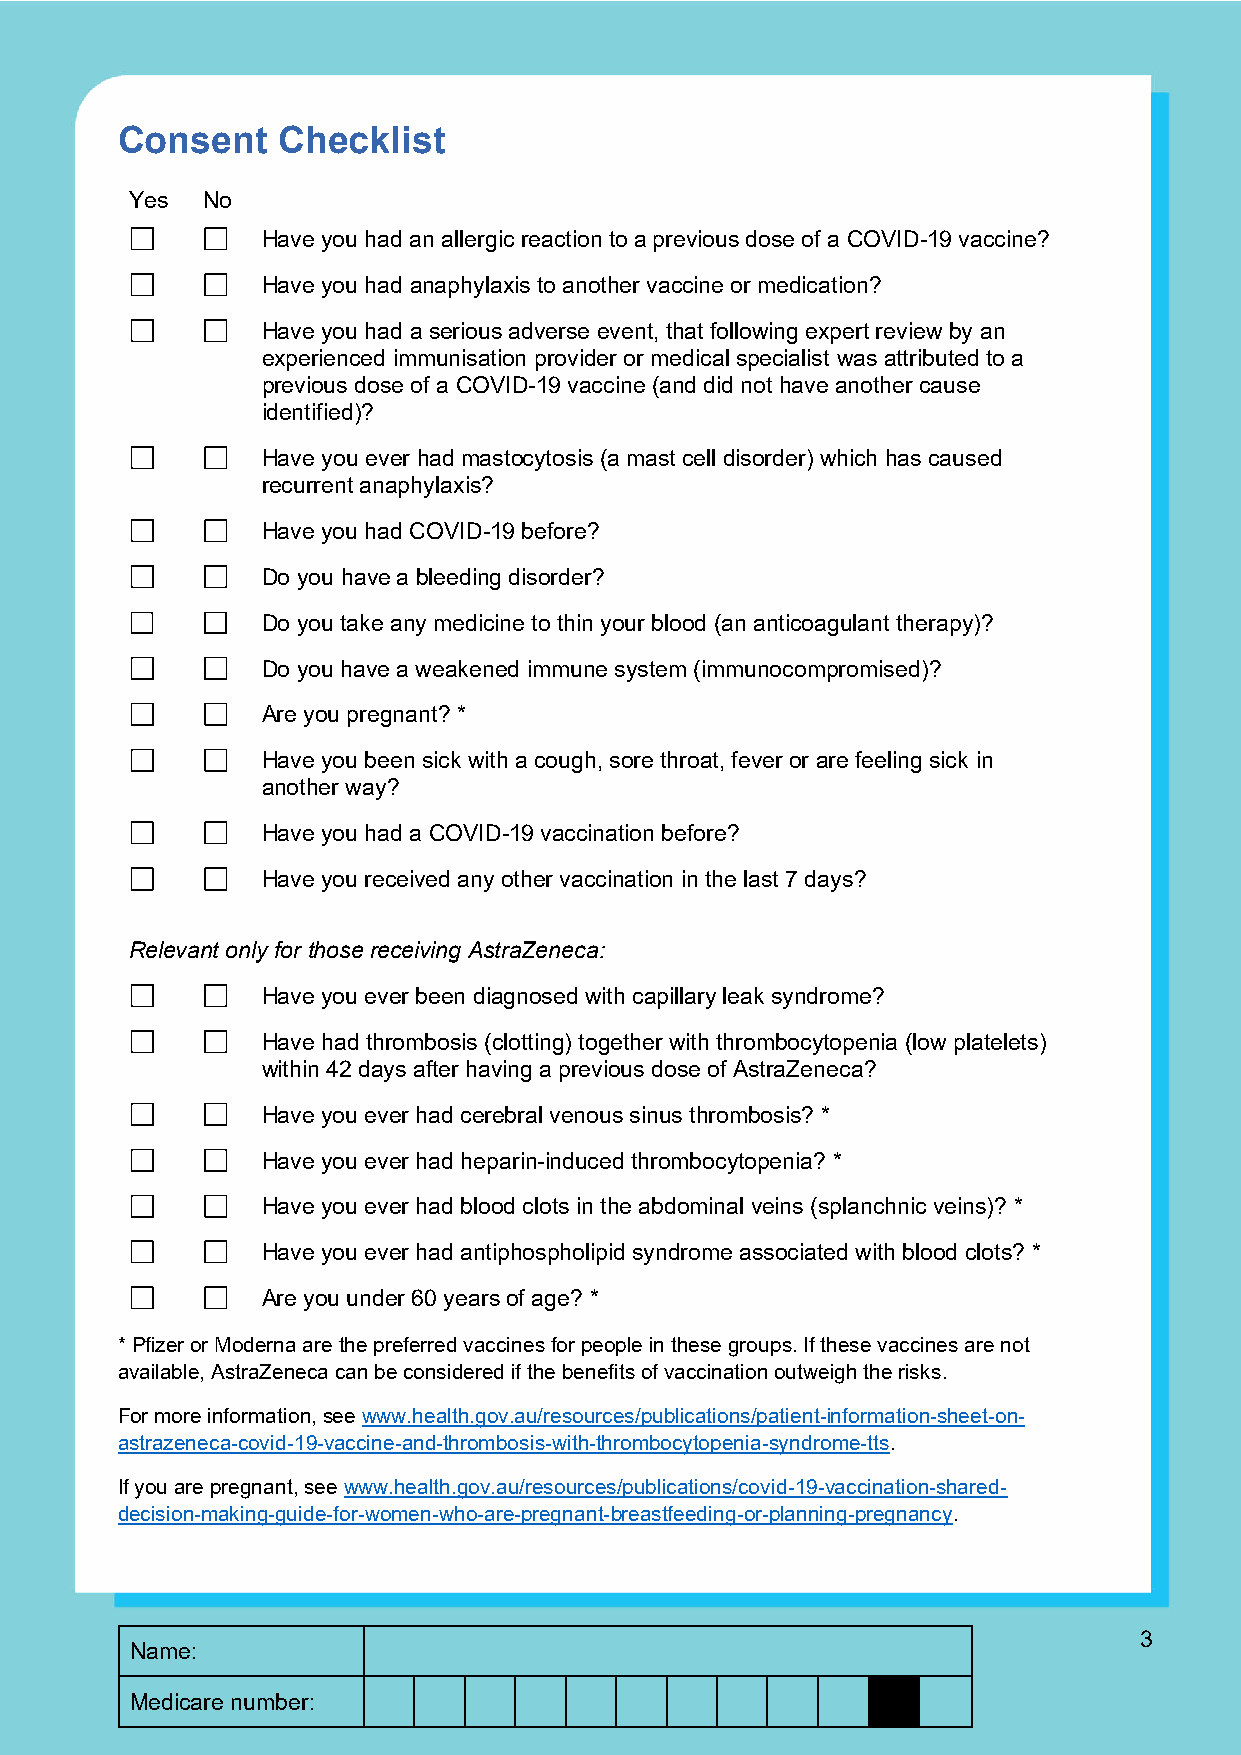
Consent   Checklist
 Yes No
 Have you had an allergic reaction to a previous dose of a COVID-19 vaccine?
 Have you had anaphylaxis to another vaccine or medication?
 Have you had a serious adverse event, that following expert review by an
 experienced immunisation provider or medical specialist was attributed to a
 previous dose of a COVID-19 vaccine (and did not have another cause
 identified)?
 Have you ever had mastocytosis (a mast cell disorder) which has caused
 recurrent anaphylaxis?
 Have you had COVID-19 before?
 Do you have a bleeding disorder?
 Do you take any medicine to thin your blood (an anticoagulant therapy)?
 Do you have a weakened immune system (immunocompromised)?
 Are you pregnant? *
 Have you been sick with a cough, sore throat, fever or are feeling sick in
 another way?
 Have you had a COVID-19 vaccination before?
 Have you received any other vaccination in the last 7 days?
 Relevant only for those receiving AstraZeneca:
 Have you ever been diagnosed with capillary leak syndrome?
 Have had thrombosis (clotting) together with thrombocytopenia (low platelets)
 within 42 days after having a previous dose of AstraZeneca?
 Have you ever had cerebral venous sinus thrombosis? *
 Have you ever had heparin-induced thrombocytopenia? *
 Have you ever had blood clots in the abdominal veins (splanchnic veins)? *
 Have you ever had antiphospholipid syndrome associated with blood clots? *
 Are you under 60 years of age? *
 * Pfizer or Moderna are the preferred vaccines for people in these groups. If these vaccines are not
 available, AstraZeneca can be considered if the benefits of vaccination outweigh the risks.
 For more information, see www.health.gov.au/resources/publications/patient-information-sheet-on-
 astrazeneca-covid-19-vaccine-and-thrombosis-with-thrombocytopenia-syndrome-tts.
 If you are pregnant, see www.health.gov.au/resources/publications/covid-19-vaccination-shared-
 decision-making-guide-for-women-who-are-pregnant-breastfeeding-or-planning-pregnancy.
 3
 Name:
 Medicare number: